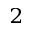
^ { 2 }